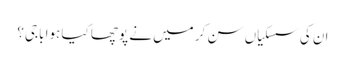
ان کی سسکیاں سن کر میں نے پوچھا کیا ہوا باجی؟